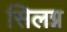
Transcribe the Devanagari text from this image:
सिलग्न